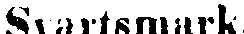
Svartsmark.